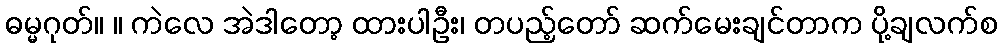
ဓမ္မဂုတ်။ ။ ကဲလေ အဲဒါတော့ ထားပါဦး၊ တပည့်တော် ဆက်မေးချင်တာက ပို့ချလက်စ